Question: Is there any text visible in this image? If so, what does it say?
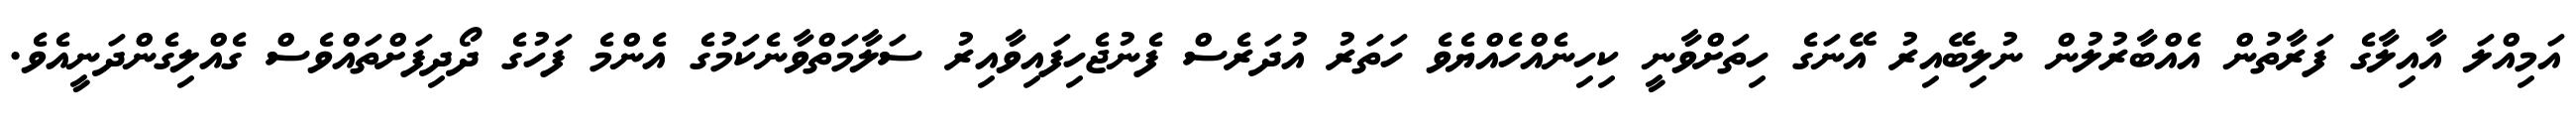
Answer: އަމިއްލަ އާއިލާގެ ފަރާތުން އެއްބާރުލުން ނުލިބޭއިރު އޭނަގެ ހިތަށްވާނީ ކިހިނެއްހެއްޔެވެ ހަތަރު އުދަރެސް ފެނުޖެހިފައިވާއިރު ސަލާމަތްވާނެކަމުގެ އެންމެ ފަހުގެ ދޯދިފަށްތައްވެސް ގެއްލިގެންދަނީއެވެ.